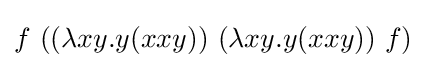
f\ ((\lambda xy.y(xxy))\ (\lambda xy.y(xxy))\ f)